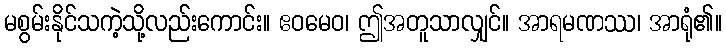
မစွမ်းနိုင်သကဲ့သို့လည်းကောင်း။ ဧဝမေဝ၊ ဤအတူသာလျှင်။ အာရမဏဿ၊ အာရုံ၏။